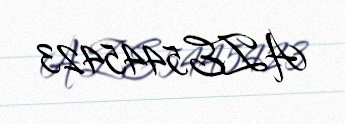
AZE5445423